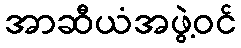
အာဆီယံအဖွဲ့ဝင်